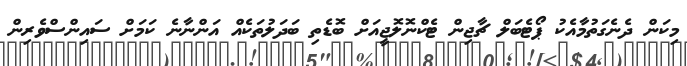
މިކަން ދެނެގަތުމާއެކު ޕޯޓެބަލް ޗާޖިން ޓެކްނޮލޮޖީއަށް ބޮޑެތި ބަދަލުތަކެއް އަންނާނެ ކަމަށް ސައިންސްވެރިން